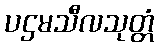
ပဌမသီလသုတ္တံ